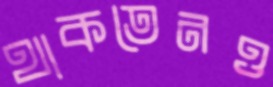
থাকতেনও